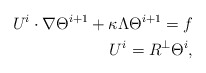
\begin{align*}U^i\cdot\nabla \Theta^{i+1}+\kappa\Lambda\Theta^{i+1} =f\\U^i=R^\perp\Theta^i,\end{align*}